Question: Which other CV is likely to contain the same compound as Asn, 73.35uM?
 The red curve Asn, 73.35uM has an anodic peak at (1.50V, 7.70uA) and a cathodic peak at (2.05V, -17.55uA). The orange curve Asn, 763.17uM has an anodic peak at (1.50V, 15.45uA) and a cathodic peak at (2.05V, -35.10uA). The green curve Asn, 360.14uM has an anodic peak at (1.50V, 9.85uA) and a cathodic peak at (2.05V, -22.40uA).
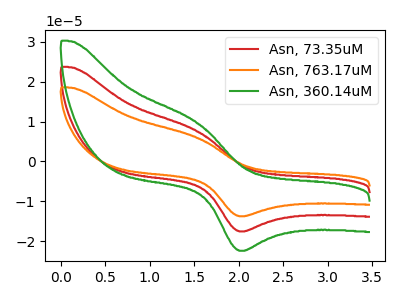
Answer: <think>All the peaks in "Asn, 73.35uM" have a peak in "Asn, 763.17uM" at the same potential. Every peak in "Asn, 73.35uM" is lower than every peak in "Asn, 763.17uM". All the peaks in "Asn, 73.35uM" have a peak in "Asn, 360.14uM" at the same potential. Every peak in "Asn, 73.35uM" is lower than every peak in "Asn, 360.14uM". All the peaks in "Asn, 763.17uM" have a peak in "Asn, 360.14uM" at the same potential. Every peak in "Asn, 763.17uM" is higher than every peak in "Asn, 360.14uM".
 </think>
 <answer>"Asn, 73.35uM" and "Asn, 763.17uM" have a similar shape to "Asn, 360.14uM".</answer>
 <eval>"Asn, 73.35uM" "Asn, 763.17uM"</eval>